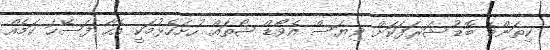
ކިތަންމެ ބޮޑު ޝަރަފަކަށް ވިޔަސް އެވޯޑް ޝޯތައް ހުށަހެޅުމަކީ އެހާ ފަސޭހަ ކަމެއް